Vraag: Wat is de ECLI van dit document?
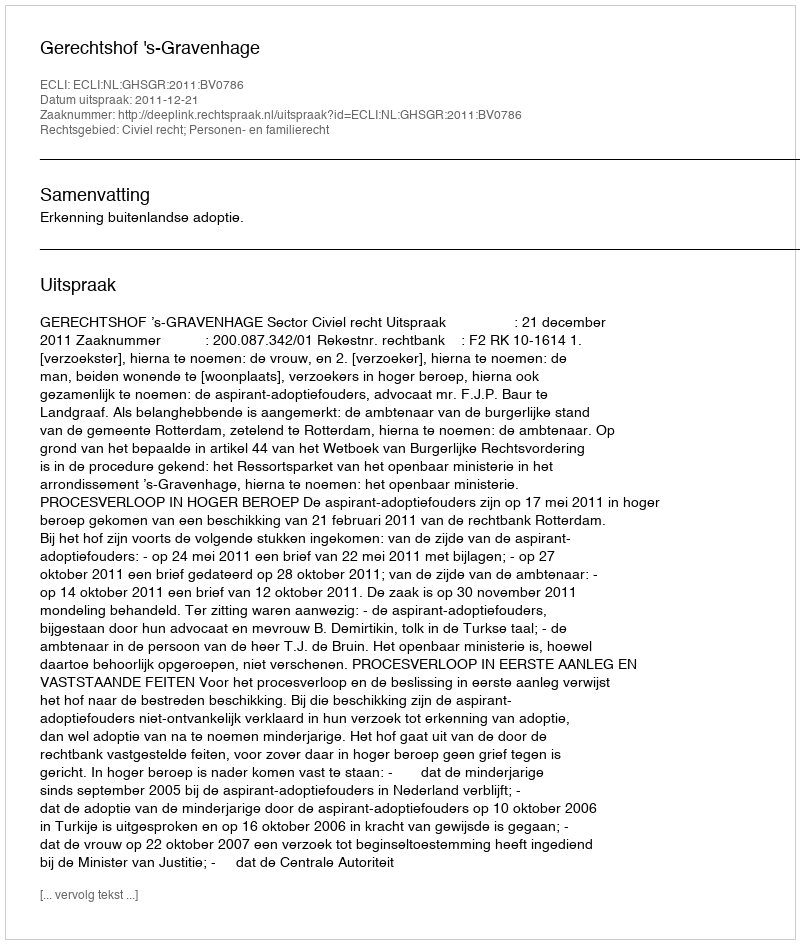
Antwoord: ECLI:NL:GHSGR:2011:BV0786